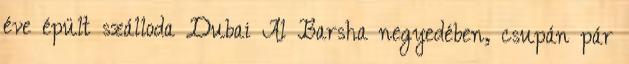
éve épült szálloda Dubai Al Barsha negyedében, csupán pár